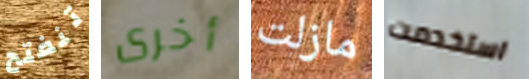
تنفتح أخرى مازلت استخدمت